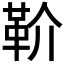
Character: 𩉡